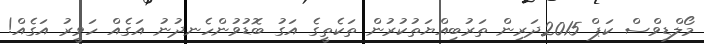
މޯލްޑިވްސް ކަޕް 2015ދަރިން ތަރުބިއްޔަތުކުރުން ތަކެތީގެ އަގު ބޮޑުވުންހެނދުނު އަގެއް ހަވީރު އަގެއް!